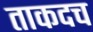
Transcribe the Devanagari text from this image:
ताकदच